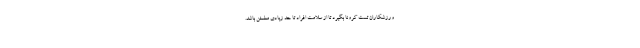
ورزشکاران تست کرونا بگیرد تا از سلامت افراد تا حد زیادی مطمئن باشد.